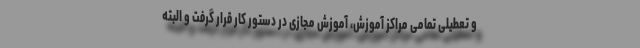
و تعطیلی تمامی مراکز آموزش، آموزش مجازی در دستور کار قرار گرفت و البته